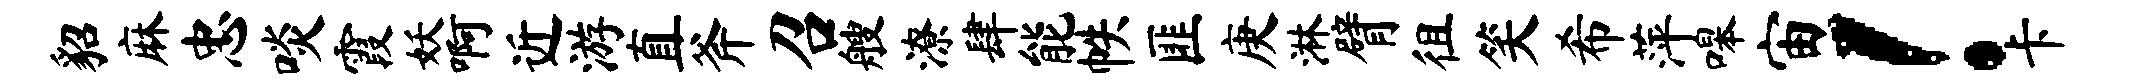
貂麻忠啖霞妖啊近游直斧召艘潦肆能帙匪庚淋臂徂笑希萍嗥宙！卡